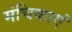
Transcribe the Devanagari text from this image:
मंचिकाएं